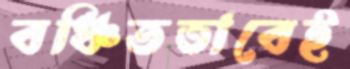
বঞ্চিতভাবেই